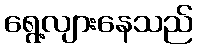
ရွေ့လျားနေသည်